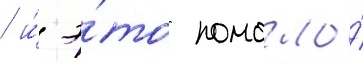
/ и́ э́то помогло́